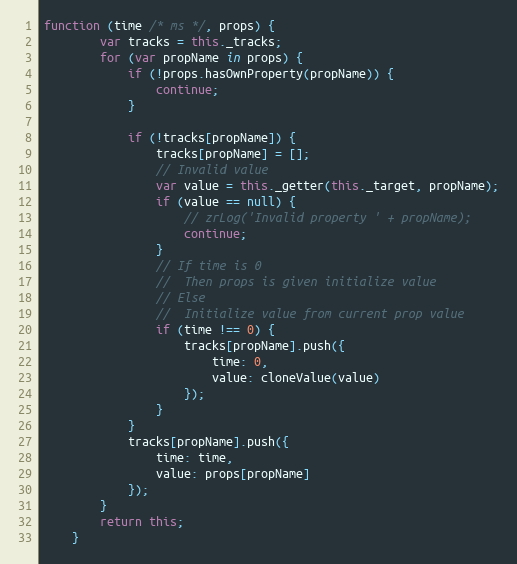
Language: JavaScript
function (time /* ms */, props) {
        var tracks = this._tracks;
        for (var propName in props) {
            if (!props.hasOwnProperty(propName)) {
                continue;
            }

            if (!tracks[propName]) {
                tracks[propName] = [];
                // Invalid value
                var value = this._getter(this._target, propName);
                if (value == null) {
                    // zrLog('Invalid property ' + propName);
                    continue;
                }
                // If time is 0
                //  Then props is given initialize value
                // Else
                //  Initialize value from current prop value
                if (time !== 0) {
                    tracks[propName].push({
                        time: 0,
                        value: cloneValue(value)
                    });
                }
            }
            tracks[propName].push({
                time: time,
                value: props[propName]
            });
        }
        return this;
    }